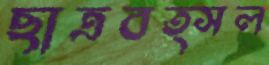
ছাত্রবত্সল